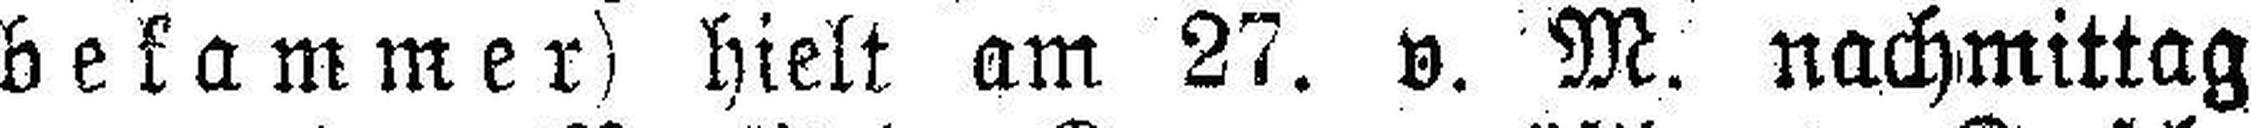
bekammer) hielt am 27. v. M. nachmittag